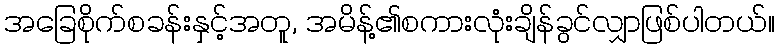
အခြေစိုက်စခန်းနှင့်အတူ, အမိန့်၏စကားလုံးချိန်ခွင်လျှာဖြစ်ပါတယ်။